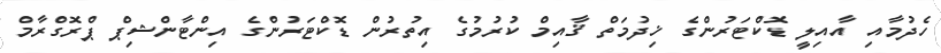
ހެދުމާއި އާއިލީ ޑޮކްޓަރުންގެ ޚިދުމަތް ޤާއިމް ކުރުމުގެ އިތުރުން ޑޮކްޓަރުންގެ އިންޓާންޝިޕް ޕްރޮގްރާމް